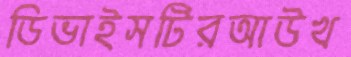
ডিভাইসটিরআউখ